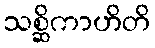
သစ္ဆိကာဟိတိ